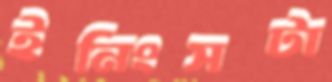
ইনিংসটা